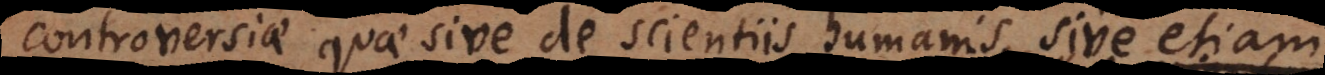
controversiae quae sive de scientiis humanis sive etiam